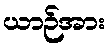
ယာဉ်အား